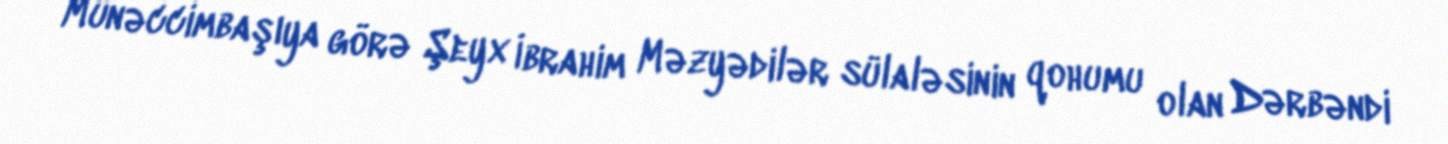
Münəccimbaşıya görə Şeyx İbrahim Məzyədilər sülaləsinin qohumu olan Dərbəndi